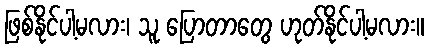
ဖြစ်နိုင်ပါ့မလား၊ သူ ပြောတာတွေ ဟုတ်နိုင်ပါ့မလား။